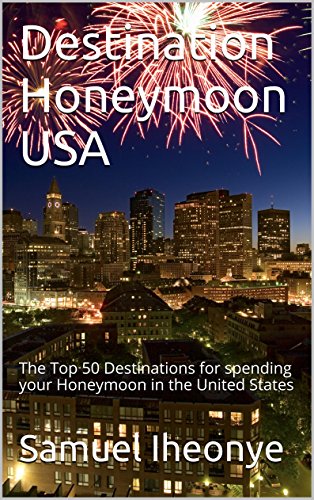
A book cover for Destination Honeymoon USA: The Top 50 Destinations for spending your Honeymoon in the United States (1); Samuel Iheonye; Crafts, Hobbies & Home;